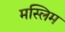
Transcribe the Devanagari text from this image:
मस्लिम